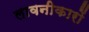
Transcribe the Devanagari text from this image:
लावनीकारों